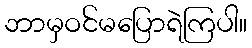
ဘာမှဝင်မပြောရဲကြပါ။